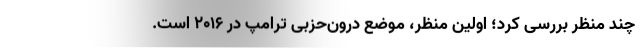
چند منظر بررسی کرد؛ اولین منظر، موضع درون‌حزبی ترامپ در 2016 است.